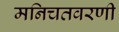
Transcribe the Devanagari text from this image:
मनिचतवरणी